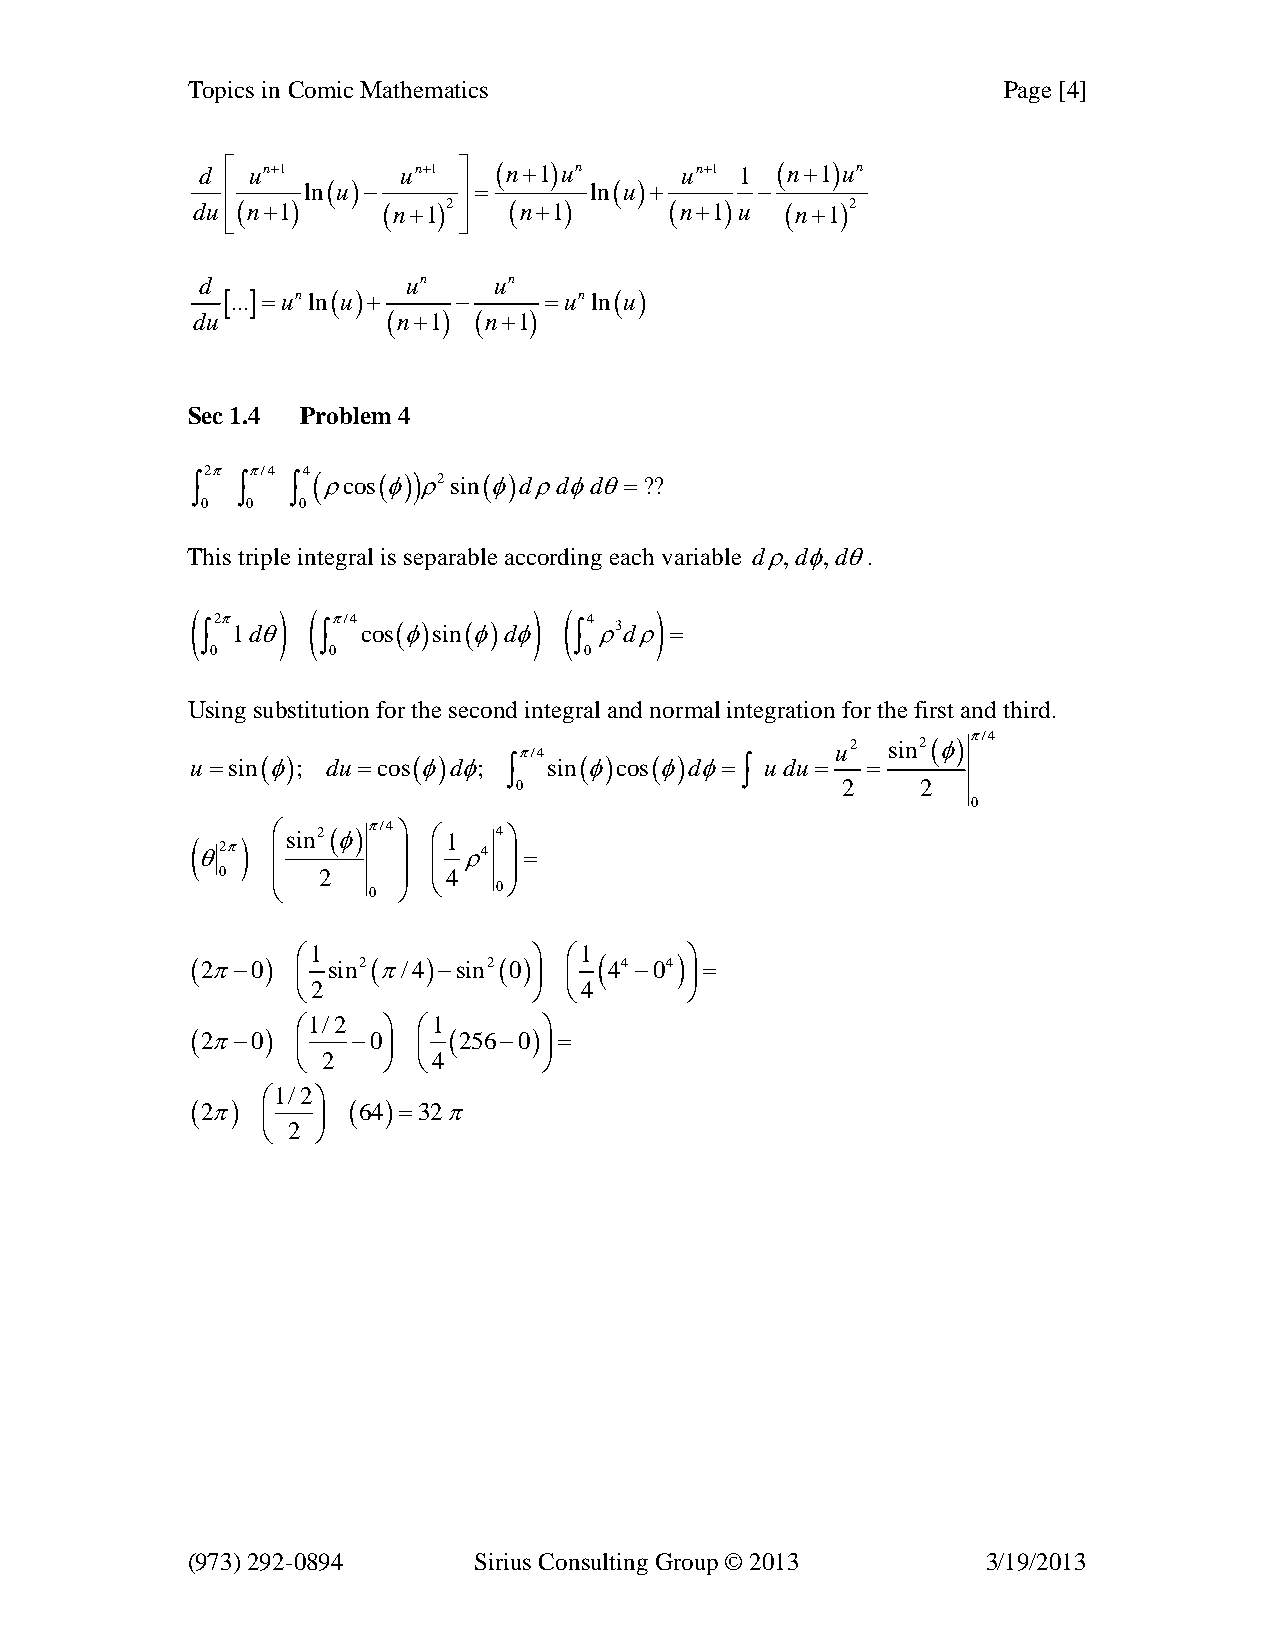
Topics in Comic Mathematics                           Page [4]
 d ⎡ un+1     un+1 ⎤ (n+1)un     un+1 1 (n+1)un
 ⎢    ln(u)−    ⎥ =      ln(u)+     −
 du ⎢⎣(n+1)  (n+1)2 ⎥⎦ (n+1)    (n+1) u (n+1)2
 d             un    un
 [...]=unln(u)+ −     =unln(u)
 du           (n+1) (n+1)
 Sec 1.4 Problem 4
 ∫2π ∫π/4 ∫4( ρcos(φ)) ρ2sin(φ)dρdφdθ=??
 0  0   0
 This triple integral is separable according each variable dρ,dφ,dθ.
 (    ) (              ) (     )
 2π      π/4              4
 ∫ 1dθ   ∫  cos(φ)sin(φ)dφ ∫ ρ3dρ =
 0       0                0
 Using substitution for the second integral and normal integration for the first and third.
 π/4
 u2
 sin2(φ)π/4
 u =sin(φ); du =cos(φ)dφ; ∫ sin(φ)cos(φ)dφ=∫ u du = =
 0                     2    2
 0
 ( θ2π)
 ⎛ ⎜sin2(φ)π/4⎞
 ⎟
 ⎜⎛1
 ρ4
 4 ⎟⎞
 =
 0  ⎜  2    ⎟  ⎜4   ⎟
 ⎝     0 ⎠  ⎝   0⎠
 (2π−0) ⎛1 sin2(π/4)−sin2(0)⎞ ⎛1 ( 44 −04)⎞ =
 ⎜              ⎟ ⎜        ⎟
 ⎝2             ⎠ ⎝4       ⎠
 ⎛1/2 ⎞  ⎛1      ⎞
 (2π−0)    −0     (256−0) =
 ⎜    ⎟  ⎜       ⎟
 ⎝ 2  ⎠  ⎝4      ⎠
 ⎛1/2⎞
 (2π)      (64)=32π
 ⎜   ⎟
 ⎝ 2 ⎠
 (973) 292-0894     Sirius Consulting Group © 2013    3/19/2013